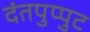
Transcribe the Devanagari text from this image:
दंतपुप्पुट